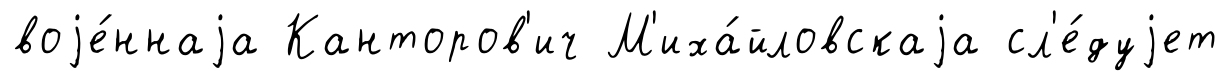
воjе́ннаjа Канторов'ич М'иха́йловскаjа сл'е́дуjет